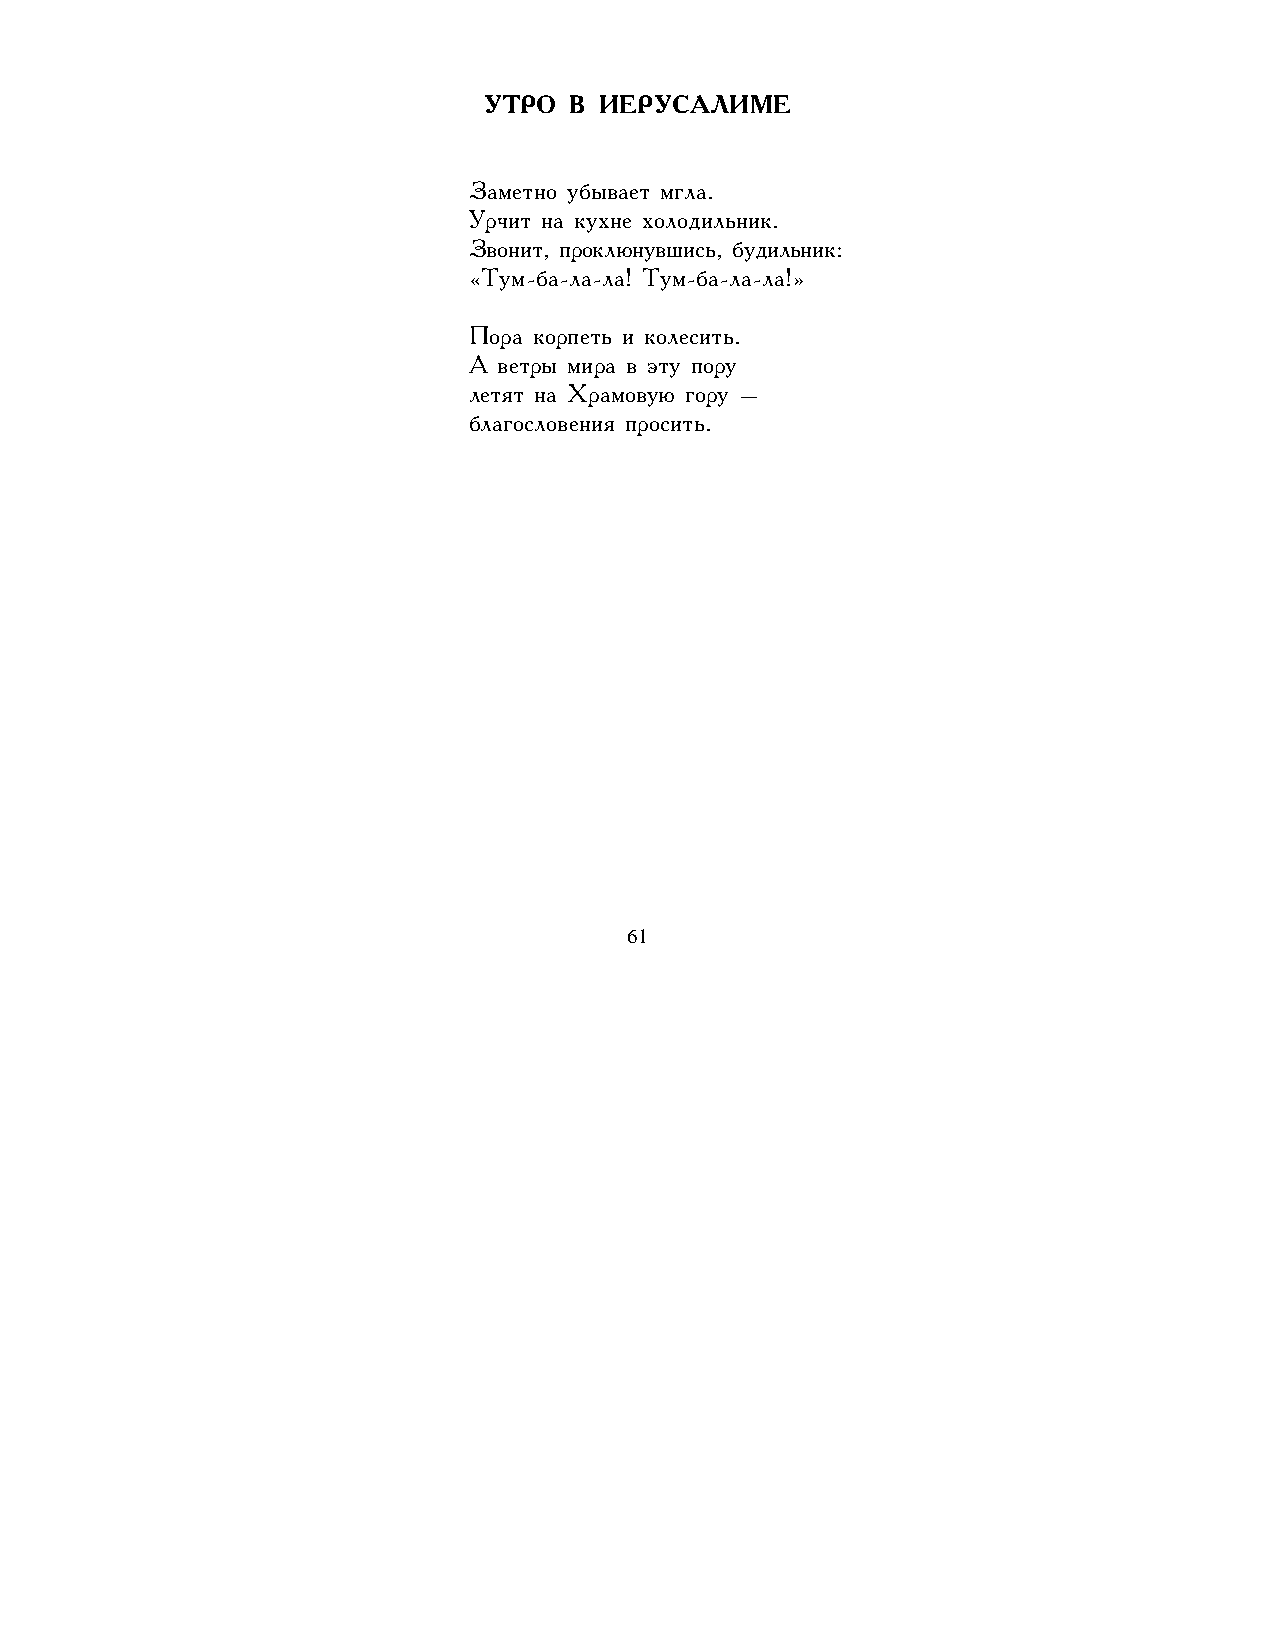
УТРО  В ИЕРУСАЛИМЕ
 Заметно убывает мгла.
 Урчит на кухне холодильник.
 Звонит, проклюнувшись, будильник:
 «Тум-ба-ла-ла! Тум-ба-ла-ла!»
 Пора корпеть и колесить.
 А ветры мира в эту пору
 летят на Храмовую гору –
 благословения просить.
 61